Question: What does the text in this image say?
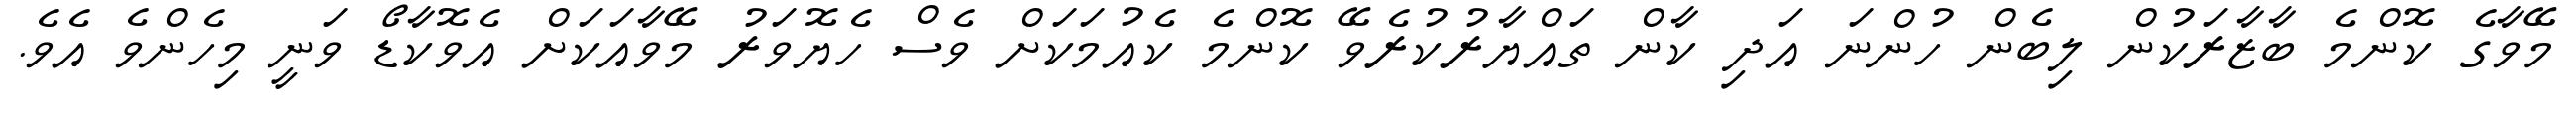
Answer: މޭވާގެ ކޮންމެ ބާޒާރަކުން ލިބެން ހުންނަ އަދި ކާން ތައްޔާރުކުރެވޭ ކޮންމެ ކެއުމަކަށް ވެސް ހެޔޮވަރު މޭވާއަކަށް އެވޮކާޑޯ ވަނީ މިހެންވެ އެވެ.